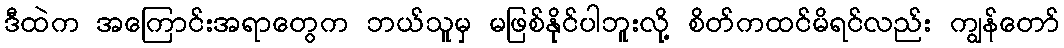
ဒီထဲက အကြောင်းအရာတွေက ဘယ်သူမှ မဖြစ်နိုင်ပါဘူးလို့ စိတ်ကထင်မိရင်လည်း ကျွန်တော်